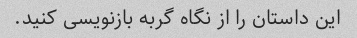
این داستان را از نگاه گربه بازنویسی کنید.